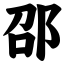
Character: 邵